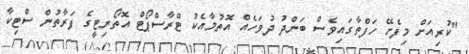
"ކުރިއަށް މިފެށޭ ހަފްތާގައިވެސް ބަންދު ދުވަހެއް އޮތުމާއެކު ޓްރާސްޕޯޓް އޮތޯރިޓީގެ ފަރާތުން ސްޓިކާ